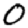
Digit: 0